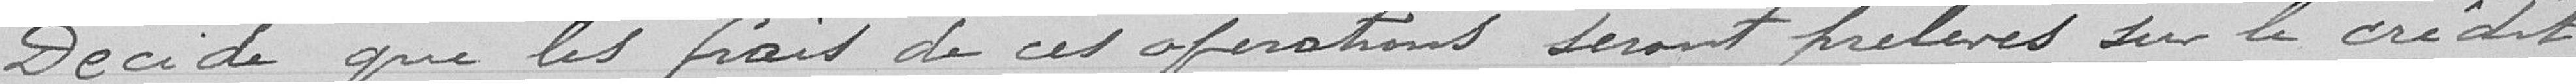
Décide que les frais de ces opérations seront prélevés sur le crédit